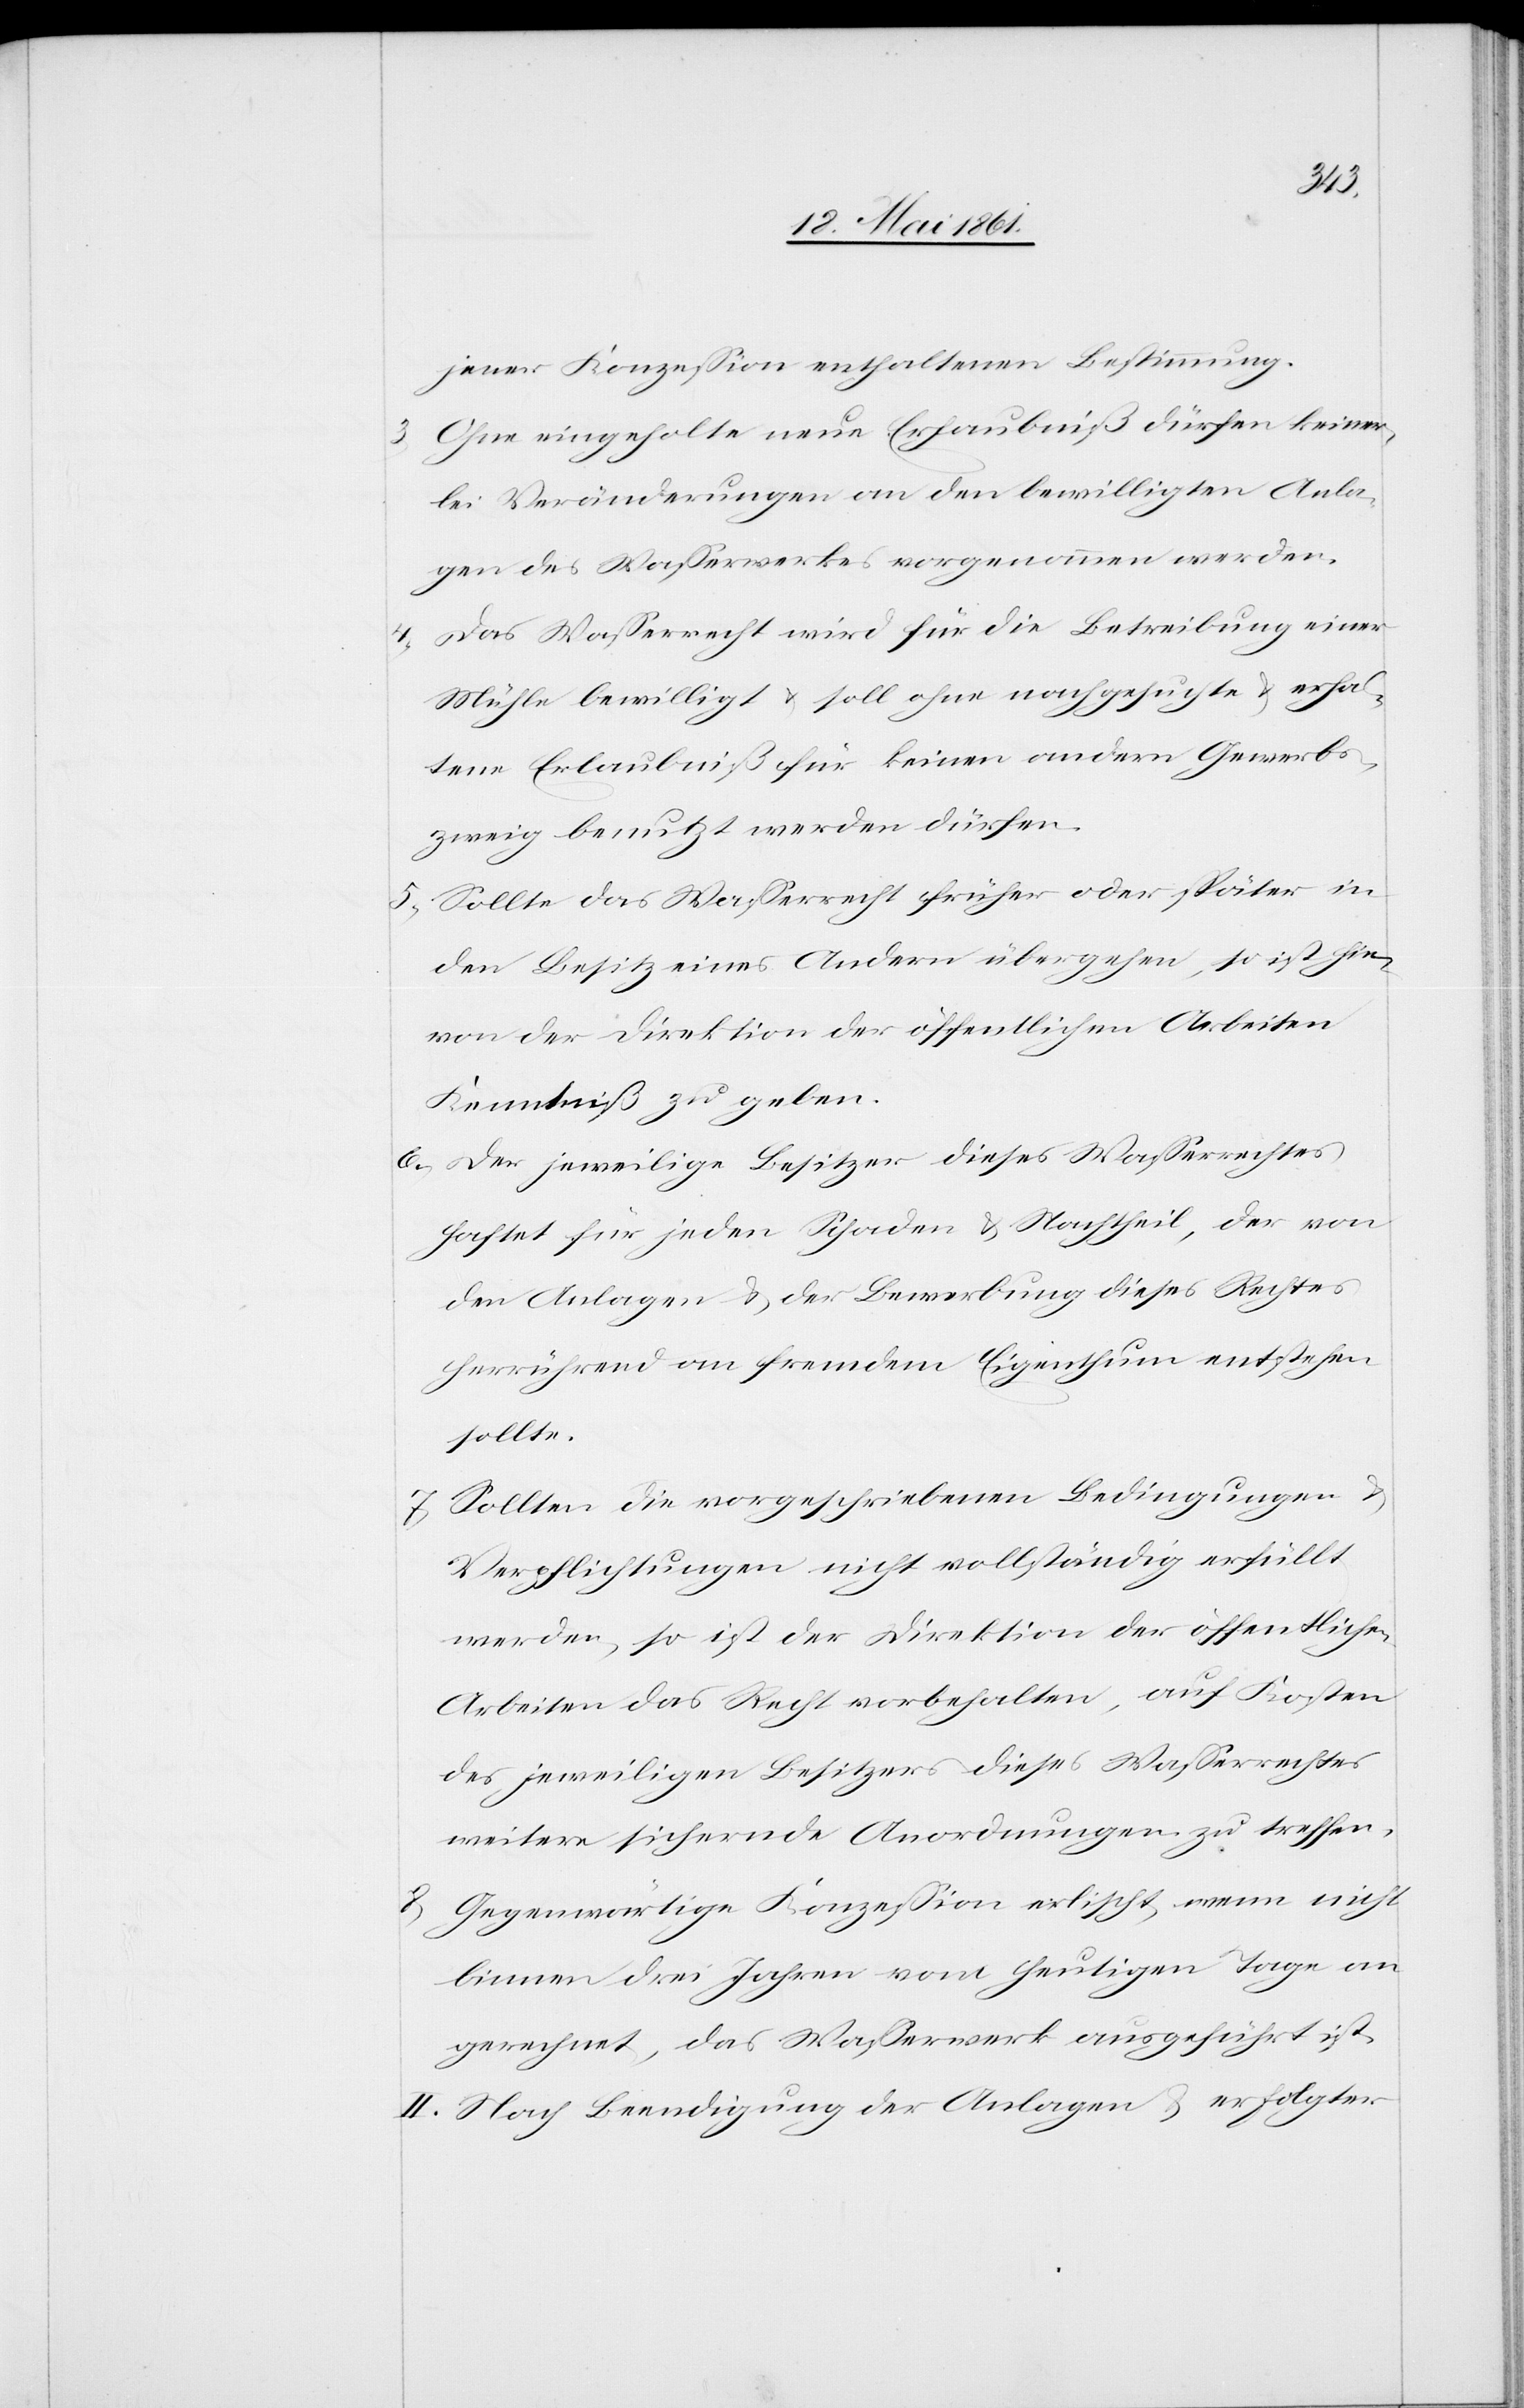
jener Konzession enthaltenen Bestimmung.
3. Ohne eingeholte neue Erlaubniß dürfen keiner¬
lei Veränderungen an den bewilligten Anla¬
gen des Wasserwerkes vorgenommen werden.
4. Das Wasserrecht wird für die Betreibung einer
Mühle bewilligt u. soll ohne nachgesuchte u. erhal¬
tene Erlaubniß für keinen andern Gewerbs¬
zweig benutzt werden dürfen.
5. Sollte das Wasserrecht früher oder später in
den Besitz eines Andern uebergehen, so ist hie¬
von der Direktion der öffentlichen Arbeiten
Kenntniß zu geben.
6. Der jeweilige Besitzer dieses Wasserrechtes
haftet für jeden Schaden u. Nachtheil, der von
den Anlagen u. der Bewerbung dieses Rechtes
herrührend an fremdem Eigenthum entstehen
sollte.
7. Sollten die vorgeschriebenen Bedingungen u.
Verpflichtungen nicht vollständig erfüllt
werden, so ist der Direktion der öffentlichen
Arbeiten das Recht vorbehalten, auf Kosten
des jeweiligen Besitzers dieses Wasserrechtes
weitere sichernde Anordnungen zu treffen.
8. Gegenwärtige Konzession erlischt, wenn nicht
binnen drei Jahren vom heutigen Tage an
gerechnet, das Wasserwerk ausgeführt ist.
II. Nach Beendigung der Anlagen u. erfolgter